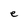
Character: e